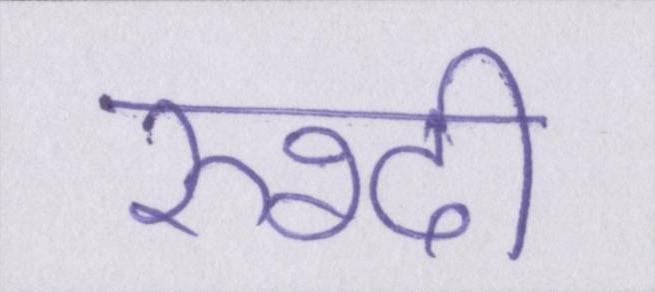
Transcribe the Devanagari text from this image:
रुश्दी